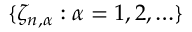
\{ \zeta _ { n , \alpha } : \alpha = 1 , 2 , \ldots \}